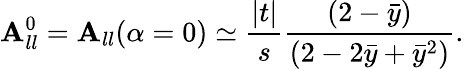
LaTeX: \mathbf{A}_{ll}^{0}=\mathbf{A}_{ll}(\alpha=0)\simeq\frac{{|t|}}{{s}}\frac{{(2-\bar{{y}})}}{{(2-2\bar{{y}}+\bar{{y}}^{2})}}.